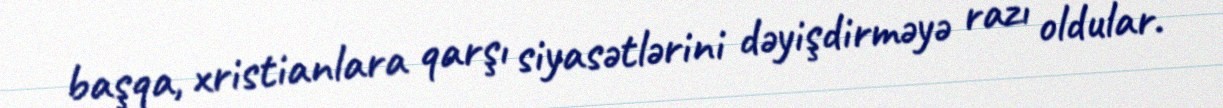
başqa, xristianlara qarşı siyasətlərini dəyişdirməyə razı oldular.